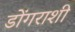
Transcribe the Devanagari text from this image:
डोंगराशी